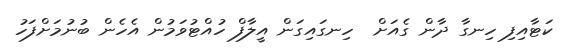
ކަޓާއިފި ހިނގާ ދާން ގެއަށް  ހިނގައިގަން އީލާފް ހުއްޓުވަމުން އެހެން ބުނުމަށްފަހު